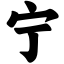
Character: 宁